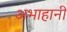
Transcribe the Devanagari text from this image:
अभाहानी